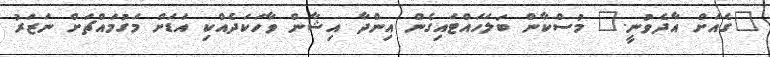
"ގެއަށް އާދެވުނީ." މުސްކާން ބަލަހައްޓައިގެން އިންދާ އިޝާން ވާހަކަދެއްކި އަޑަށް މަގުމައްޗަށް ނަޒަރު